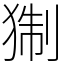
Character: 猘